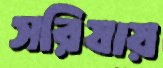
সরিষায়